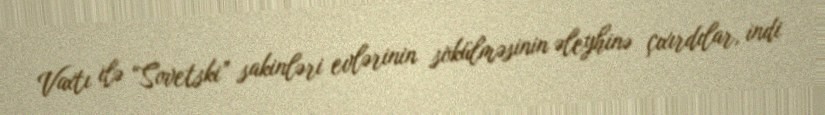
Vaxtı ilə “Sovetski” sakinləri evlərinin sökülməsinin əleyhinə çıxırdılar, indi